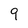
Character: 9